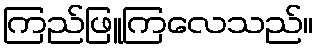
ကြည်ဖြူကြလေသည်။